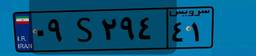
۶۳S۳۰۱۵۴